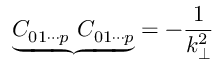
{ \underbrace { C _ { 0 1 \cdots p } ~ C _ { 0 1 \cdots p } } } = - \frac { 1 } { k _ { \bot } ^ { 2 } }